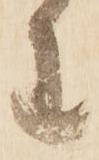
わ